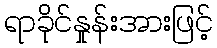
ရာခိုင်နှုန်းအားဖြင့်